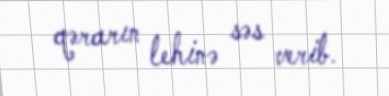
qərarın lehinə səs verib.